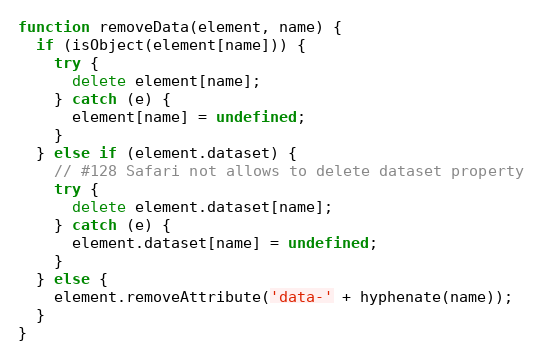
Language: JavaScript
function removeData(element, name) {
  if (isObject(element[name])) {
    try {
      delete element[name];
    } catch (e) {
      element[name] = undefined;
    }
  } else if (element.dataset) {
    // #128 Safari not allows to delete dataset property
    try {
      delete element.dataset[name];
    } catch (e) {
      element.dataset[name] = undefined;
    }
  } else {
    element.removeAttribute('data-' + hyphenate(name));
  }
}